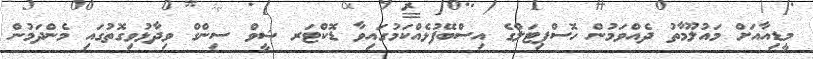
މީޑިއާއަށް މައުލޫމާތު ދެއްވަމުން ހޮސްޕިޓަލްގެ އިސްބޭފުޅެއްކަމުގައިވާ ޑޮކްޓަރ ޝީވް ސިންގް ވިދާޅުވިގޮތުގައި މެންދަމުން